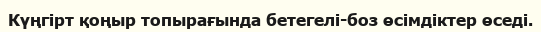
Күңгірт қоңыр топырағында бетегелі-боз өсімдіктер өседі.